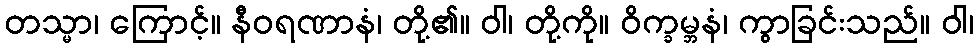
တသ္မာ၊ ကြောင့်။ နီဝရဏာနံ၊ တို့၏။ ဝါ၊ တို့ကို။ ဝိက္ခမ္ဘနံ၊ ကွာခြင်းသည်။ ဝါ၊